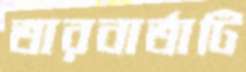
তারবার্তাটি